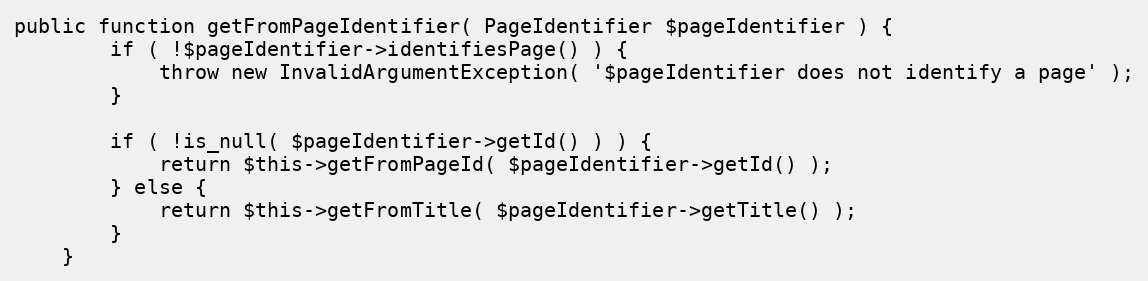
Language: PHP
public function getFromPageIdentifier( PageIdentifier $pageIdentifier ) {
		if ( !$pageIdentifier->identifiesPage() ) {
			throw new InvalidArgumentException( '$pageIdentifier does not identify a page' );
		}

		if ( !is_null( $pageIdentifier->getId() ) ) {
			return $this->getFromPageId( $pageIdentifier->getId() );
		} else {
			return $this->getFromTitle( $pageIdentifier->getTitle() );
		}
	}